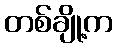
တစ်ချို့က